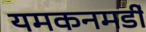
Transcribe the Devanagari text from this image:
यमकनमर्डी